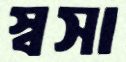
স্বসা